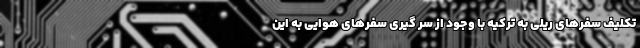
تکلیف سفرهای ریلی به ترکیه با وجود از سر گیری سفرهای هوایی به این